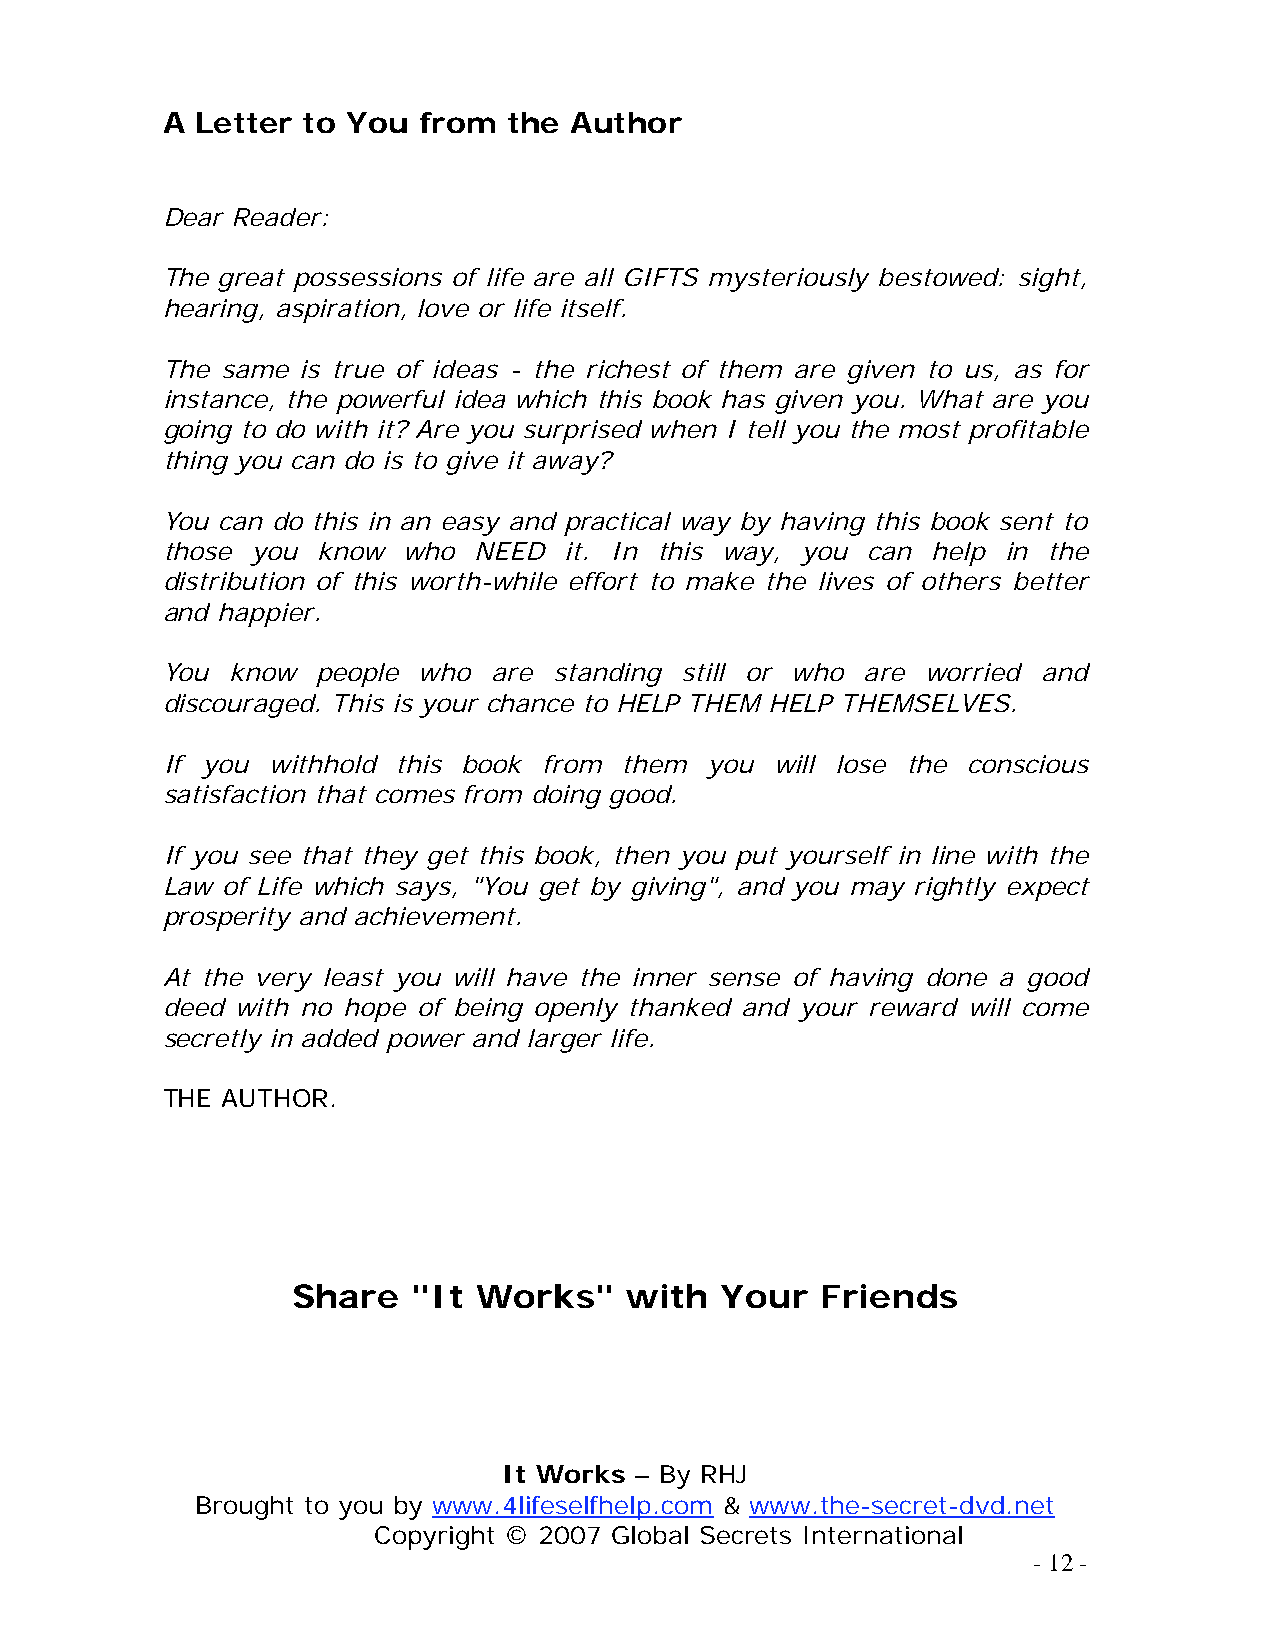
A Letter to You  from  the Author
 Dear Reader:
 The great possessions of life are all GIFTS mysteriously bestowed: sight,
 hearing, aspiration, love or life itself.
 The same is true of ideas - the richest of them are given to us, as for
 instance, the powerful idea which this book has given you. What are you
 going to do with it? Are you surprised when I tell you the most profitable
 thing you can do is to give it away?
 You can do this in an easy and practical way by having this book sent to
 those you know  who NEED  it. In this way, you can help in the
 distribution of this worth-while effort to make the lives of others better
 and happier.
 You know  people who  are standing still or who are worried and
 discouraged. This is your chance to HELP THEM HELP THEMSELVES.
 If you withhold this book from them you will lose the conscious
 satisfaction that comes from doing good.
 If you see that they get this book, then you put yourself in line with the
 Law of Life which says, "You get by giving", and you may rightly expect
 prosperity and achievement.
 At the very least you will have the inner sense of having done a good
 deed with no hope of being openly thanked and your reward will come
 secretly in added power and larger life.
 THE AUTHOR.
 Share   "It  Works"   with   Your  Friends
 It Works – By RHJ
 Brought to you by www.4lifeselfhelp.com & www.the-secret-dvd.net
 Copyright © 2007 Global Secrets International
 - 12 -